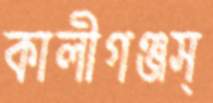
কালীগঞ্জস্